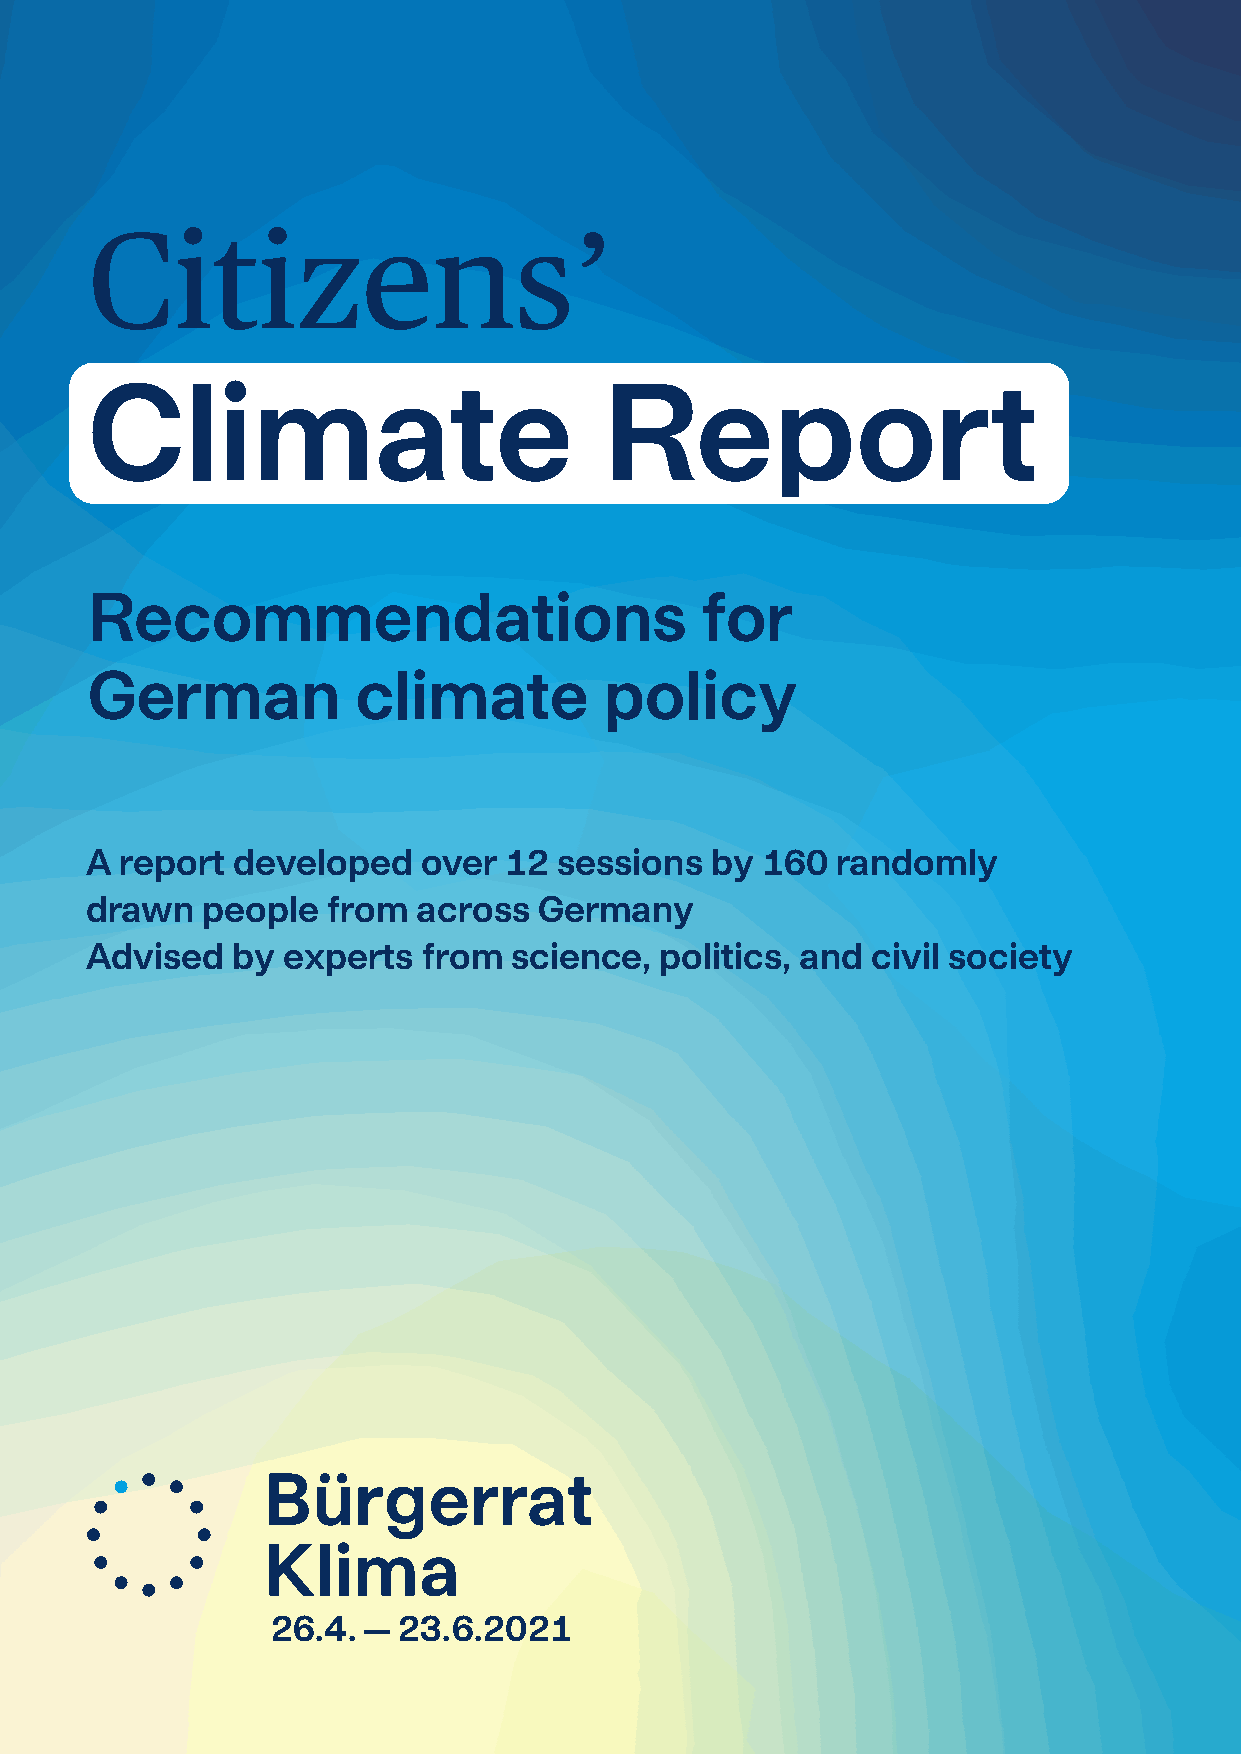
Citizens’
 Climate                           Re               ort
 Recommendations                         for
 German            climate         policy
 A report developed    over 12  sessions  by 160  randomly
 drawn  people   from  across  Germany
 Advised  by  experts  from  science,  politics, and civil society
 26.4. — 23.6.2021
 Recommendations for German climate policy                                1